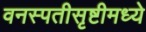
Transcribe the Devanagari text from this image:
वनस्पतीसृष्टीमध्ये